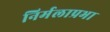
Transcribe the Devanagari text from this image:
निर्मलाप्रभा